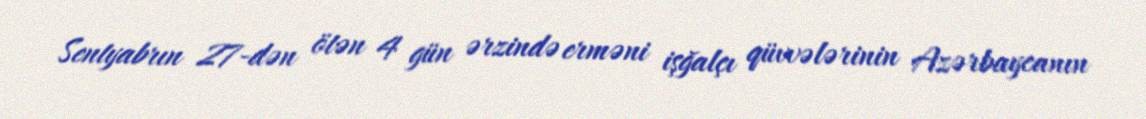
Sentyabrın 27-dən ötən 4 gün ərzində erməni işğalçı qüvvələrinin Azərbaycanın